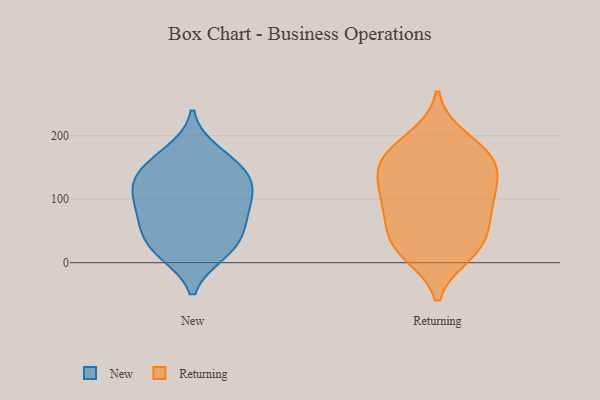
{"axis": {"x": "Gross Profit (USD K)", "y": "Value"}, "legend": ["New", "Returning"], "data": [{"x": "", "y": 107, "type": "New"}, {"x": "", "y": 114, "type": "New"}, {"x": "", "y": 16, "type": "New"}, {"x": "", "y": 121, "type": "New"}, {"x": "", "y": 27, "type": "New"}, {"x": "", "y": 158, "type": "New"}, {"x": "", "y": 174, "type": "New"}, {"x": "", "y": 143, "type": "New"}, {"x": "", "y": 67, "type": "New"}, {"x": "", "y": 68, "type": "New"}, {"x": "", "y": 18, "type": "New"}, {"x": "", "y": 137, "type": "New"}, {"x": "", "y": 50, "type": "New"}, {"x": "", "y": 89, "type": "New"}, {"x": "", "y": 109, "type": "Returning"}, {"x": "", "y": 150, "type": "Returning"}, {"x": "", "y": 25, "type": "Returning"}, {"x": "", "y": 160, "type": "Returning"}, {"x": "", "y": 196, "type": "Returning"}, {"x": "", "y": 70, "type": "Returning"}, {"x": "", "y": 153, "type": "Returning"}, {"x": "", "y": 85, "type": "Returning"}, {"x": "", "y": 161, "type": "Returning"}, {"x": "", "y": 121, "type": "Returning"}, {"x": "", "y": 32, "type": "Returning"}, {"x": "", "y": 108, "type": "Returning"}, {"x": "", "y": 181, "type": "Returning"}, {"x": "", "y": 14, "type": "Returning"}, {"x": "", "y": 23, "type": "Returning"}, {"x": "", "y": 68, "type": "Returning"}]}